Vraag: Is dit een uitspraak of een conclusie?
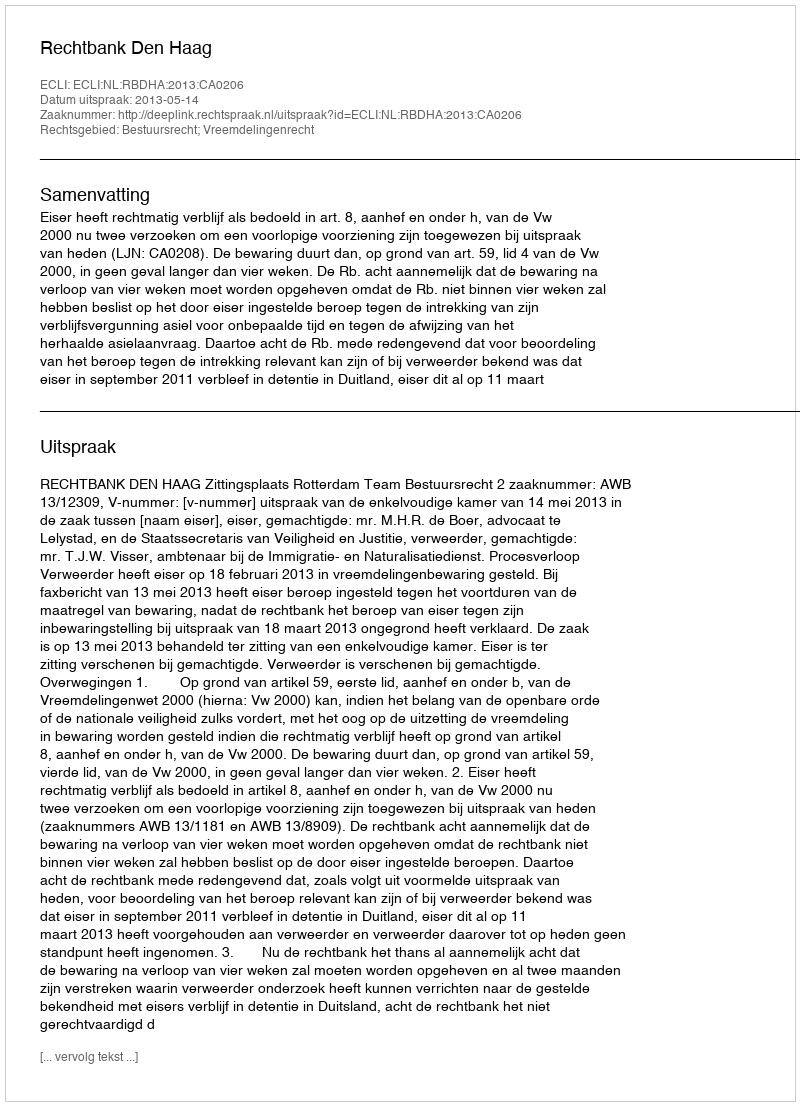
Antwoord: Uitspraak